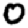
Digit: 0